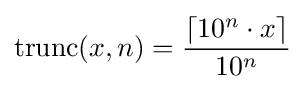
\operatorname {trunc} (x,n)={\frac {\lceil 10^{n}\cdot x\rceil }{10^{n}}}